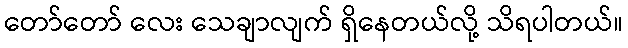
တော်တော် လေး သေချာလျက် ရှိနေတယ်လို့ သိရပါတယ်။